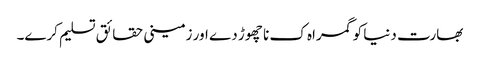
بھارت دنیا کو گمراہ ک نا چھوڑ دے اور زمینی حقائق تسلیم کرے۔